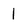
Character: 1